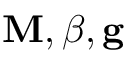
\mathbf { M } , \boldsymbol { \beta } , \mathbf { g }